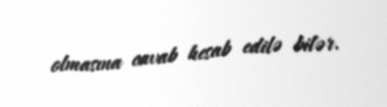
olmasına cavab hesab edilə bilər.